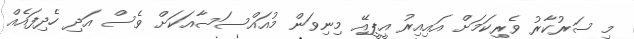
މި ސަރުކާރު ވެރިކަމަށް އައިއިރު އީޕީއޭ މިނިވަން މުއައްސަސާއަކަށް ވެސް އަދި ހެދިފައެއް